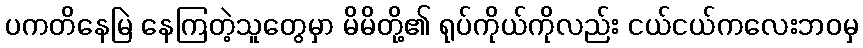
ပကတိနေမြဲ နေကြတဲ့သူတွေမှာ မိမိတို့၏ ရုပ်ကိုယ်ကိုလည်း ငယ်ငယ်ကလေးဘဝမှ